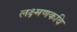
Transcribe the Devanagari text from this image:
लक्ष्मणकवि